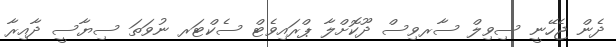
ދެން ޖެހޭނީ ސިވިލް ސާރވިސް ދޫކޮށްލާ ޕްރައިވެޓް ސެކްޓަރ ނުވަތަ ސިޔާސީ ދާއިރާ